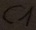
Text: C1